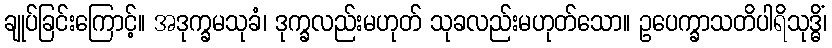
ချုပ်ခြင်းကြောင့်။ အဒုက္ခမသုခံ၊ ဒုက္ခလည်းမဟုတ် သုခလည်းမဟုတ်သော။ ဥပေက္ခာသတိပါရိသုဒ္ဓိံ၊